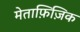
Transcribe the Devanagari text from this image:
मेताफ़िज़िक